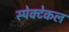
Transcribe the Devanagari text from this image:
स्पेक्टेकल